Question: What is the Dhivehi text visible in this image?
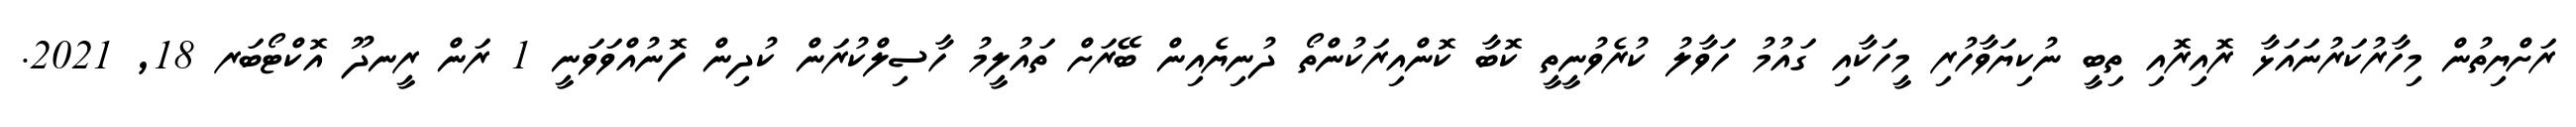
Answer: ރަށްޔިތުން މިހާރުކަރުނައަޅާ ރޮއިރޮއި ތިބީ ނުކިޔަވާހުރި މީހަކާއި ގައުމު ހަވާލު ކުރެވުނީތީ ކޮބާ ކޮންއިރަކުންތޯ ދުނިޔެއިން ބޭރަށް ތައުލީމު ހާސިލްކުރަން ކުދިން ފޮނުއްވަވަނީ 1 ރަން ރީނދޫ އޮކްޓޯބަރ 18, 2021.